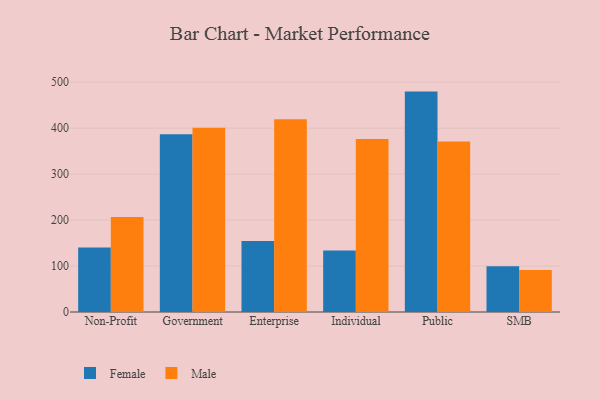
{"axis": {"x": "Segment", "y": "Waste Production (Tons)"}, "legend": ["Female", "Male"], "data": [{"x": "Non-Profit", "y": 140.5, "type": "Female"}, {"x": "Non-Profit", "y": 206.9, "type": "Male"}, {"x": "Government", "y": 386.8, "type": "Female"}, {"x": "Government", "y": 400.6, "type": "Male"}, {"x": "Enterprise", "y": 154.4, "type": "Female"}, {"x": "Enterprise", "y": 419.4, "type": "Male"}, {"x": "Individual", "y": 133.7, "type": "Female"}, {"x": "Individual", "y": 376.4, "type": "Male"}, {"x": "Public", "y": 479.4, "type": "Female"}, {"x": "Public", "y": 371.1, "type": "Male"}, {"x": "SMB", "y": 99.7, "type": "Female"}, {"x": "SMB", "y": 91.1, "type": "Male"}]}